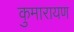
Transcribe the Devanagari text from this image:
कुमारायण